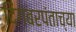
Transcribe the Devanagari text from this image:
दिगंबरपंताच्या